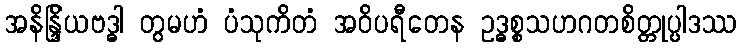
အနိန္ဒြိယဗဒ္ဓါ တွမဟံ ပံသုကိတံ အဝိပရီတေန ဥဒ္ဓစ္စသဟဂတစိတ္တုပ္ပါဒဿ